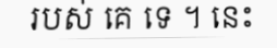
របស់ គេ ទេ ។ នេះ